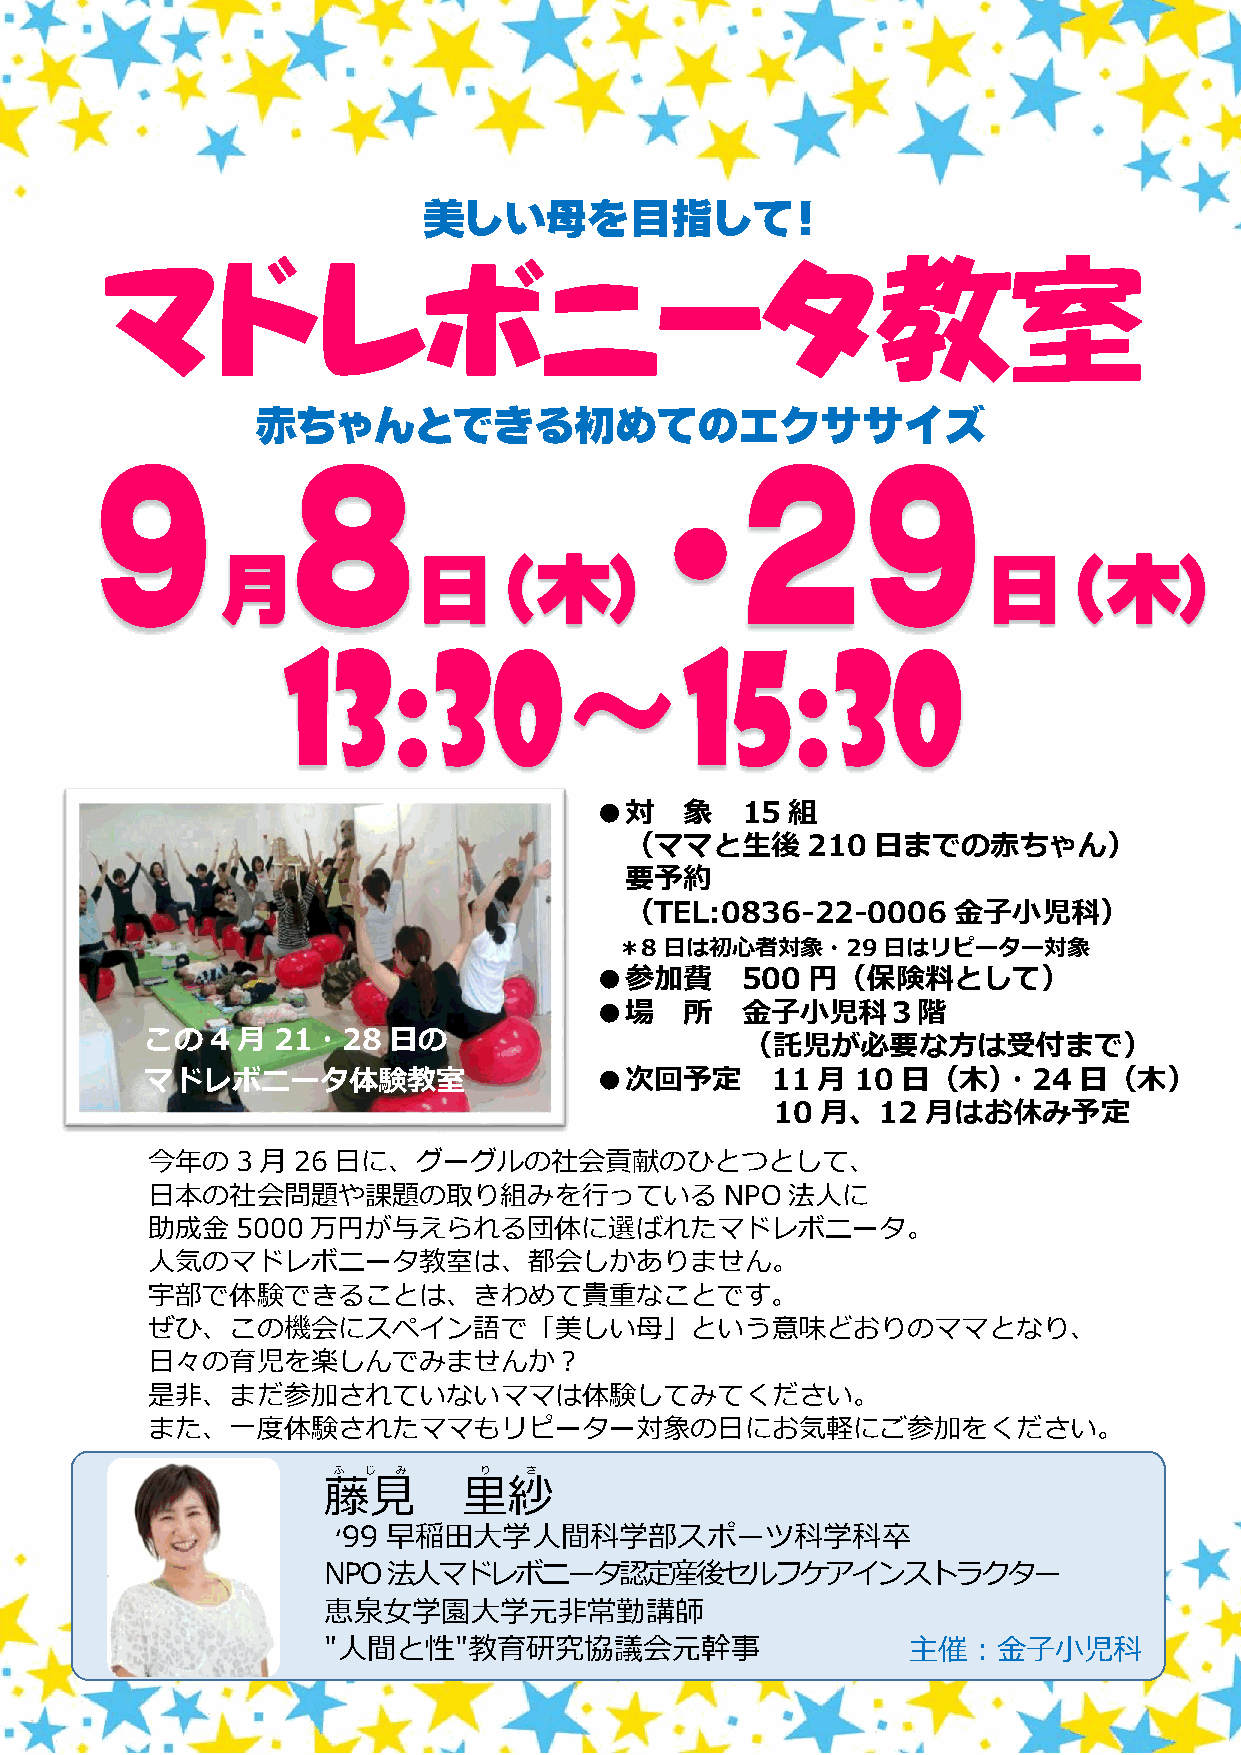
美しい母を目指して！
 赤ちゃんとできる初めてのエクササイズ
 ●対    象   15 組
 （ママと生後      210  日までの赤ちゃん）
 要予約
 （TEL:0836-22-0006     金子小児科）
 ＊8日は初心者対象・29日はリピーター対象
 ●参加費      500 円（保険料として）
 ●場    所   金子小児科３階
 この  4 月 21・28   日の
 （託児が必要な方は受付まで）
 マドレボニータ体験教室                  ●次回予定       11 月  10 日（木）・24    日（木）
 10 月、12   月はお休み予定
 今年の   3 月 26 日に、グーグルの社会貢献のひとつとして、
 日本の社会問題や課題の取り組みを行っている                 NPO 法人に
 助成金   5000 万円が与えられる団体に選ばれたマドレボニータ。
 人気のマドレボニータ教室は、都会しかありません。
 宇部で体験できることは、きわめて貴重なことです。
 ぜひ、この機会にスペイン語で「美しい母」という意味どおりのママとなり、
 日々の育児を楽しんでみませんか？
 是非、まだ参加されていないママは体験してみてください。
 また、一度体験されたママもリピーター対象の日にお気軽にご参加をください。
 ふ じ み     り  さ
 藤見        里紗
 ‘99 早稲田大学人間科学部スポーツ科学科卒
 NPO法人マドレボニータ認定産後セルフケアインストラクター
 恵泉女学園大学元非常勤講師
 "人間と性"教育研究協議会元幹事                       主催：金子小児科